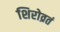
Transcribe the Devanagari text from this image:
शिरोव्रतं